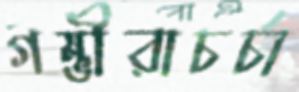
গম্ভীরাচর্চা